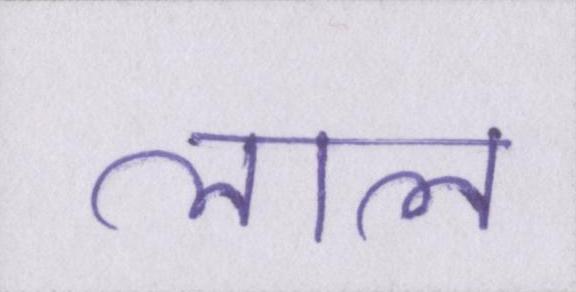
लाल